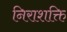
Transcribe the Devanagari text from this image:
निराशक्ति